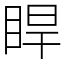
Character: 睅